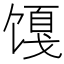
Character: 𬳎